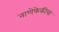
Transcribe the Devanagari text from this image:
नाणेफेकीचा